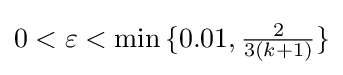
0<\varepsilon <\min {\{0.01,{\tfrac {2}{3(k+1)}}\}}